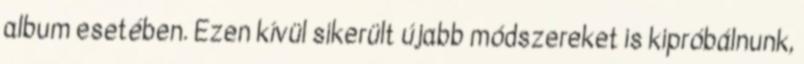
album esetében. Ezen kívül sikerült újabb módszereket is kipróbálnunk,